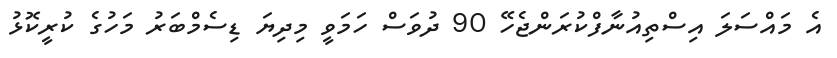
އެ މައްސަލަ އިސްތިއުނާފްކުރަންޖެހޭ 90 ދުވަސް ހަމަވީ މިދިޔަ ޑިސެމްބަރު މަހުގެ ކުރީކޮޅު